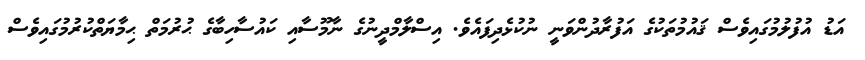
އަޑު އުފުލުމުގައިވެސް ޤައުމުތަކުގެ އަފުރާދުންވަނީ ނުކުޅެދިފައެވެ. އިސްލާމްދީނުގެ ނާމޫސާއި ކައުސާހިބާގެ ޙުރުމަތް ޙިމާޔަތްކުރުމުގައިވެސް